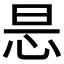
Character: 𢘇